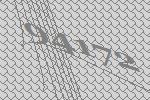
94172